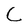
Character: C